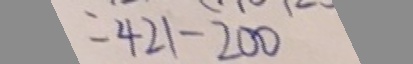
= 4 2 1 - 2 0 0